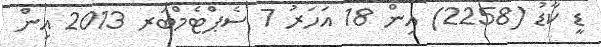
ޑީ ކާޑު (2258) އިން 18 އަހަރު 7 ސެޕްޓެމްބަރ 2013 އިން